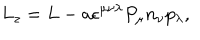
L _ { z } = L - a \epsilon ^ { \mu \nu \lambda } P _ { \mu } n _ { \nu } p _ { \lambda } ,